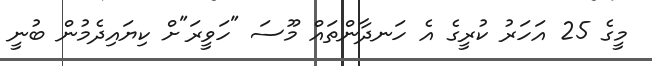
މީގެ 25 އަހަރު ކުރީގެ އެ ހަނދާންތައް މޫސަ "ހަވީރަ"ށް ކިޔައިދެމުން ބުނީ